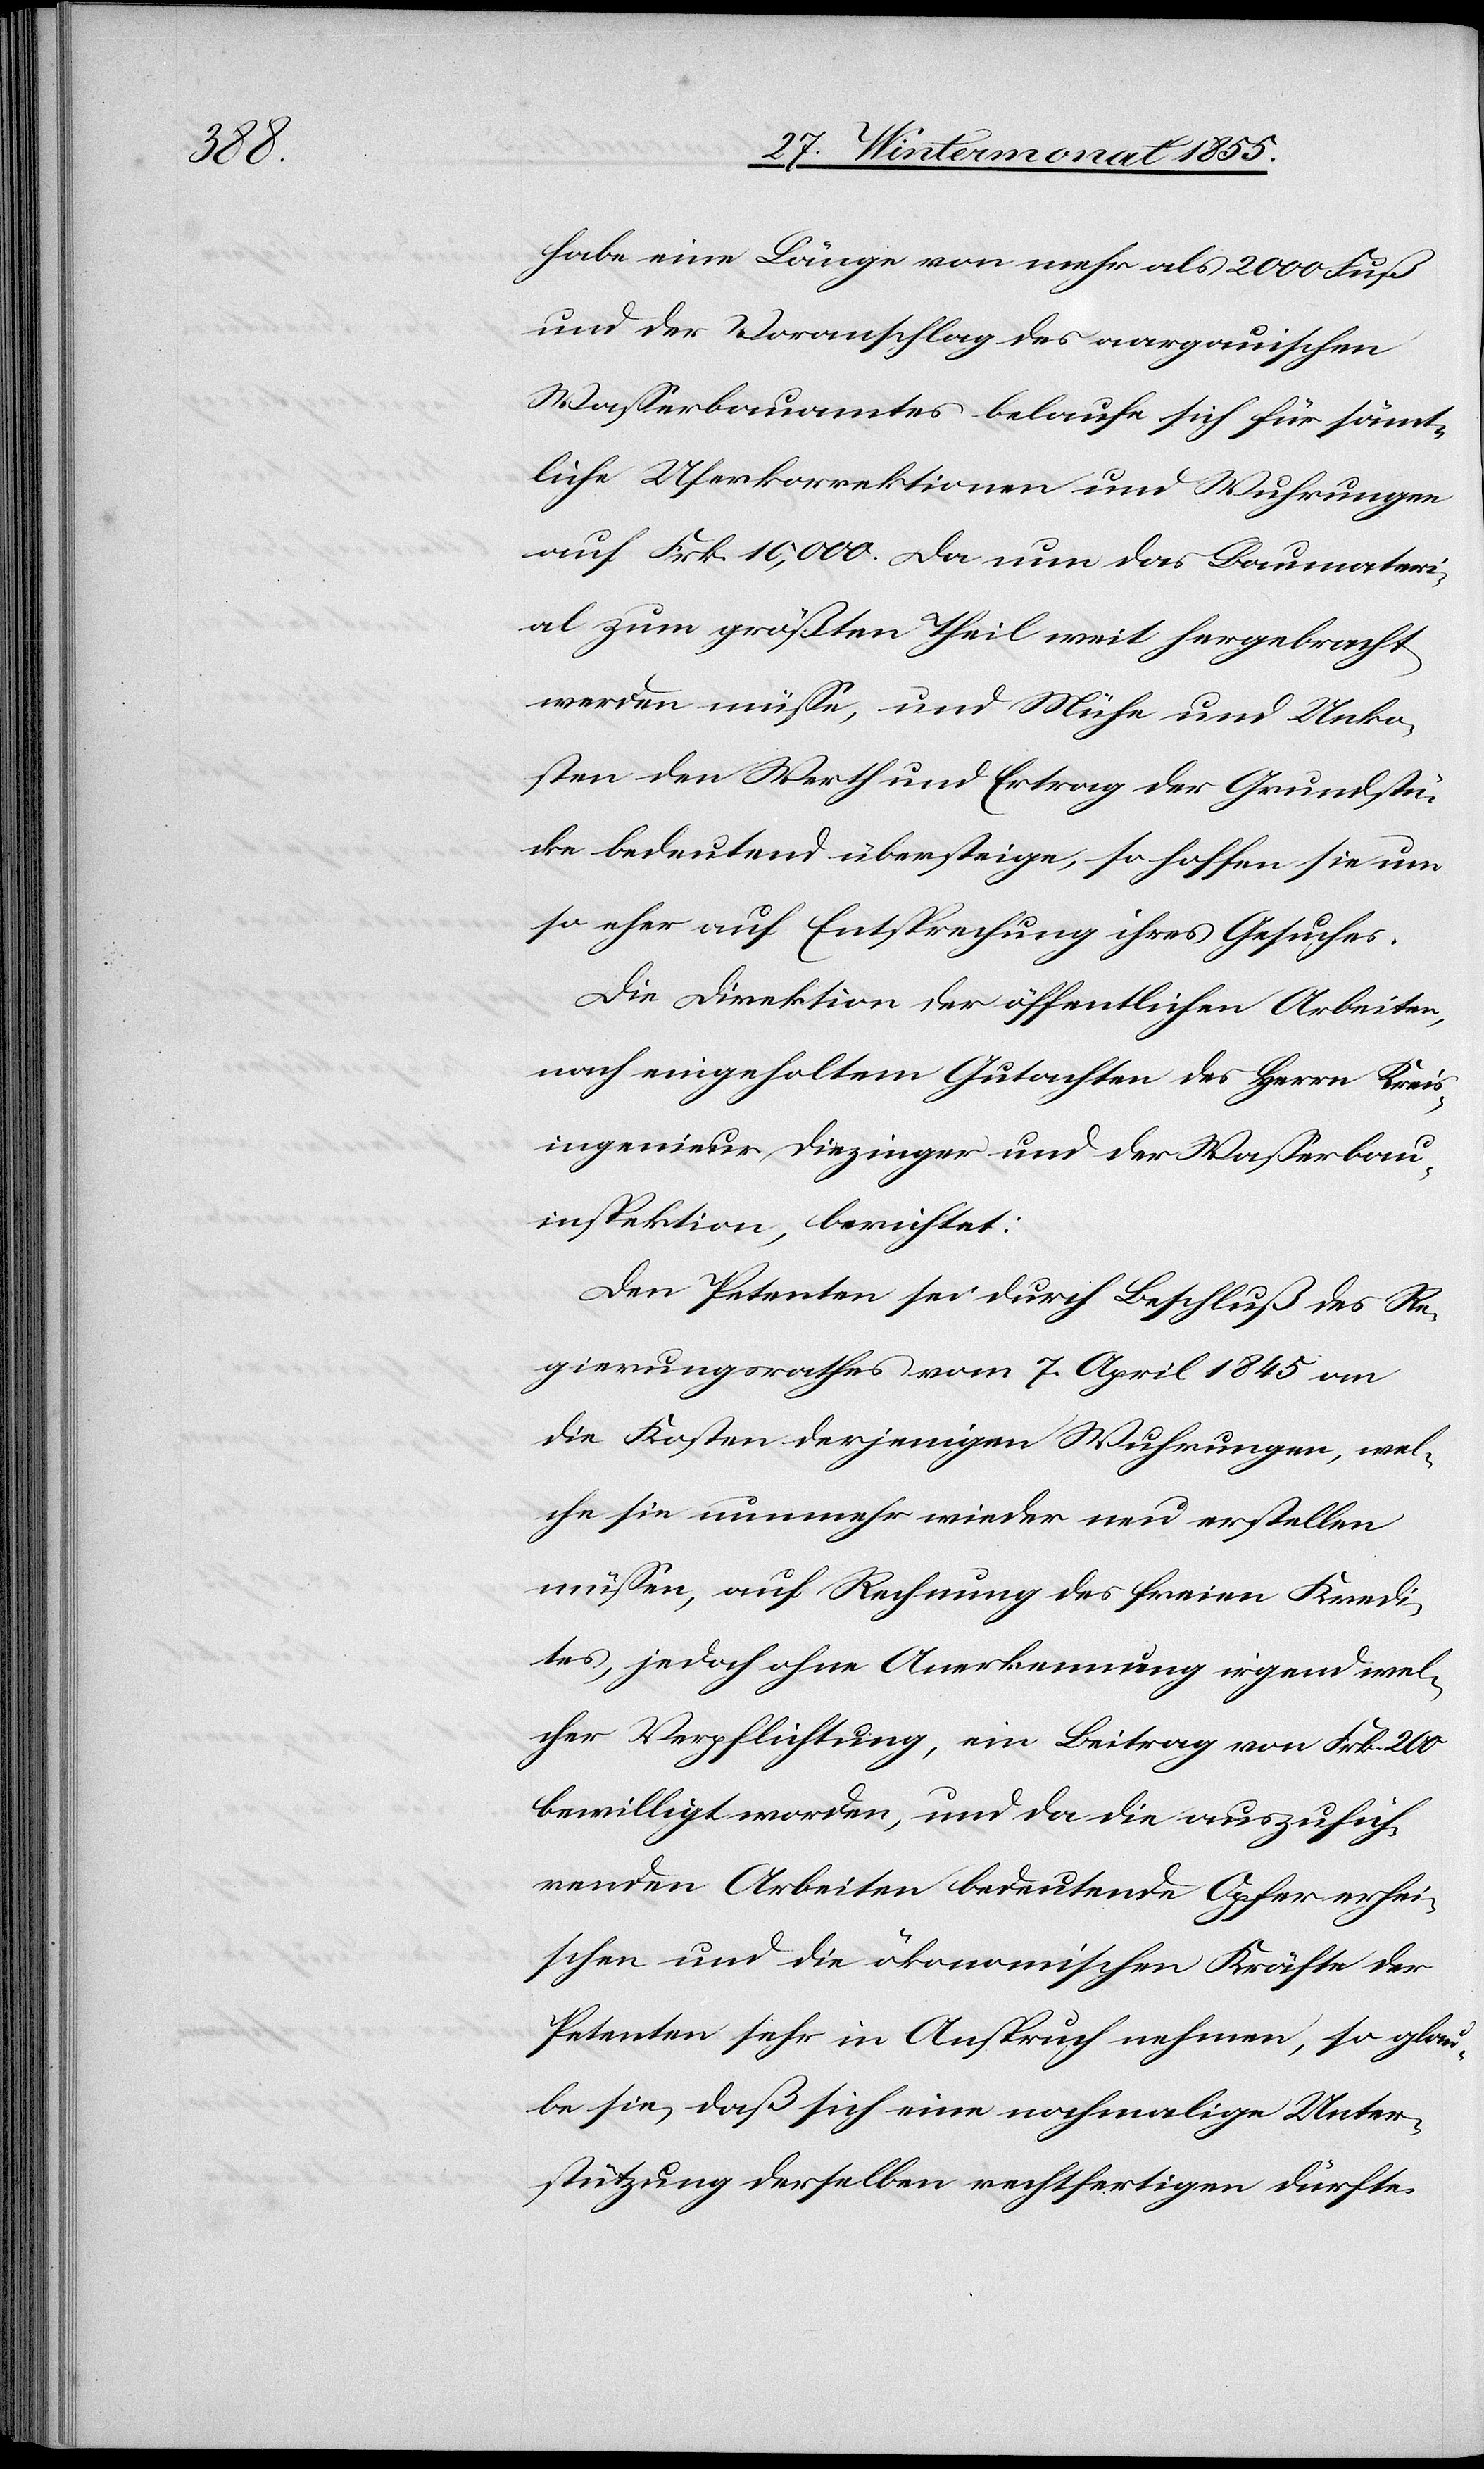
habe eine Länge von mehr als 2000 Fuß
und der Voranschlag des aargauischen
Wasserbauamtes belaufe sich für sämt¬
liche Uferkorrektionen und Wuhrungen
auf Frk. 10,000. Da nun das Baumateri¬
al zum größten Theil weit hergebracht
werden müsse, und Mühe und Unko¬
sten den Werth und Ertrag der Grundstü¬
cke bedeutend übersteige, so hoffen sie um
so eher auf Entsprechung ihres Gesuches.
Die Direktion der öffentlichen Arbeiten,
nach eingeholtem Gutachten des Herrn Kreis¬
ingenieur Diezinger und der Wasserbau¬
inspektion, berichtet:
Den Petenten sei durch Beschluß des Re¬
gierungsrathes vom 7. April 1845 an
die Kosten derjenigen Wuhrungen, wel¬
che sie nunmehr wieder neu erstellen
müssen, auf Rechnung des freien Kredi¬
tes, jedoch ohne Anerkennung irgend wel¬
cher Verpflichtung, ein Beitrag von Frk. 200
bewilligt worden, und da die auszufüh¬
renden Arbeiten bedeutende Opfer erhei¬
schen und die ökonomischen Kräfte der
Petenten sehr in Anspruch nehmen, so glau¬
be sie, daß sich eine nochmalige Unter¬
stützung derselben rechtfertigen dürfte.